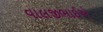
વાલજીભાઈએ